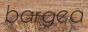
barged